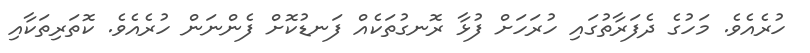
ހުރެއެވެ. މަހުގެ ދެފަރާތުގައި ހުރަހަށް ފުޅާ ރޮނގުތަކެއް ފަނޑުކޮށް ފެންނަން ހުރެއެވެ. ކޮތަރިތަކާއި